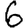
Digit: 6